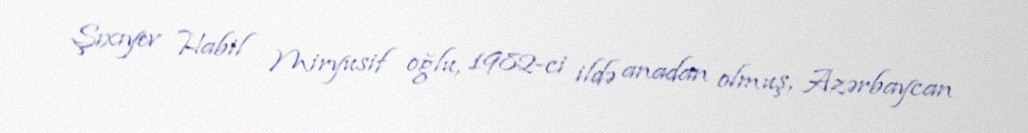
Şıxıyev Habil Miryusif oğlu, 1982-ci ildə anadan olmuş, Azərbaycan